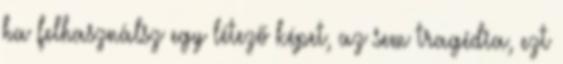
ha felhasználsz egy létező képet, az sem tragédia, ezt